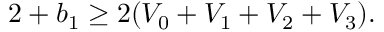
2 + b _ { 1 } \geq 2 ( V _ { 0 } + V _ { 1 } + V _ { 2 } + V _ { 3 } ) .